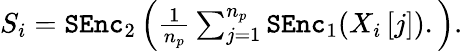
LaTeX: \begin{array}{r}{S_{i}=\mathtt{SEnc}_{2}\left(\frac{1}{n_{p}}\sum_{j=1}^{n_{p}}\mathtt{SEnc}_{1}(X_{i}\left[j\right]).\right).}\end{array}